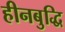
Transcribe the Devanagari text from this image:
हीनबुद्धि